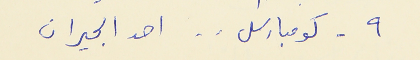
٩ - كومبارس . . احد الجيران